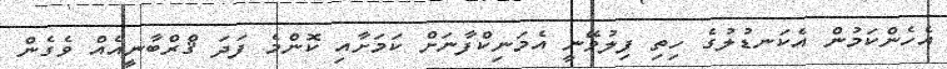
އެހެންކަމުން އެކަނޑުލުގެ ހިތި ފިލުވޭނީ އެމަނިކްފާނަށް ކަމަށާއި ކޮންމެ ފަދަ ޤްރްބާނީއެއް ވެގެން